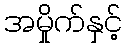
အမှိုက်နှင့်